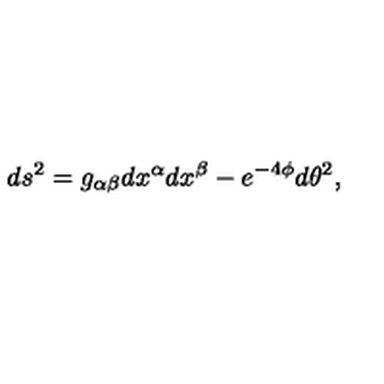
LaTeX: d s ^ { 2 } = g _ { \alpha \beta } d x ^ { \alpha } d x ^ { \beta } - e ^ { - 4 \phi } d \theta ^ { 2 } ,